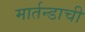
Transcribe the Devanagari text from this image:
मार्तन्डाची